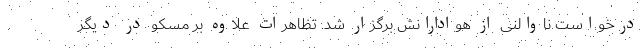
درخواست ناوالنی از هوادارانش برگزار شد. تظاهرات علاوه بر مسکو در دیگر